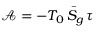
\mathcal { A } = - T _ { 0 } \, \bar { S } _ { g } \, \tau